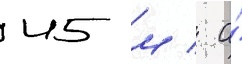
45 м / а́